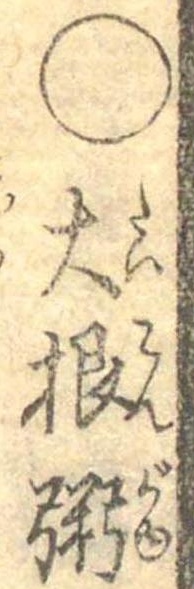
○大根粥